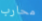
محارب